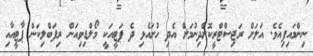
ނިންމައިފިއެވެ. އަލަށް ރަޖިސްޓްރީކޮށްދިނުމަށް އެދި ހުށައެޅި ދެ ޕަޓީއަކީ މޯލްޑިވިއަން ރިފަބްލިކަން ޕާޓީއާއި